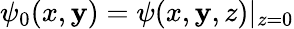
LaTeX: \psi_{0}(x,\mathbf{y})=\psi(x,\mathbf{y},z)|_{z=0}